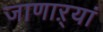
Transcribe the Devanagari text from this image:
जाणाऱ्यां